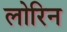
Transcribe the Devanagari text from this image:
लोरिन